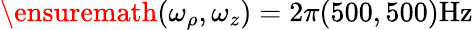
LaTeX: \ensuremath{(\omega_{\rho},\omega_{z})=2\pi(500,500)\mathrm{Hz}}